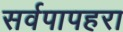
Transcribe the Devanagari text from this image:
सर्वपापहरा